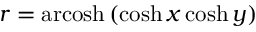
r = \operatorname { a r c o s h } \, ( \cosh x \cosh y )